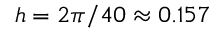
h = 2 \pi / 4 0 \approx 0 . 1 5 7